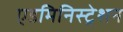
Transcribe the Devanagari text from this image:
एडमिनिस्ट्रेशन